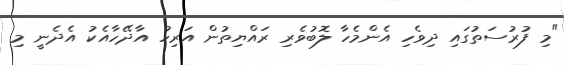
"މި ފުރުސަތުގައި ދިވެހި އެންމެހާ ލޮބުވެރި ރައްޔިތުން އަރިހު އާދޭހާއެކު އެދެނީ މި